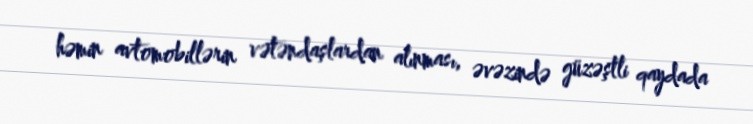
həmin avtomobillərin vətəndaşlardan alınması, əvəzində güzəştli qaydada